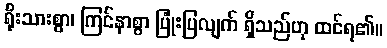
ရိုးသားစွာ၊ ကြင်နာစွာ ပြုံးပြလျက် ရှိသည်ဟု ထင်ရ၏။